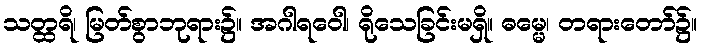
သတ္ထရိ၊ မြတ်စွာဘုရား၌။ အဂါရဝေါ၊ ရိုသေခြင်းမရှိ။ ဓမ္မေ၊ တရားတော်၌။